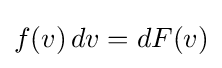
f(v)\,dv=dF(v)